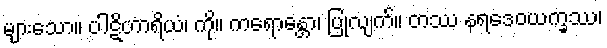
များသော။ ပါဋိဟာရိယံ၊ ကို။ ကရောန္တော၊ ပြုလျက်။ တဿ နရဒေဝယက္ခဿ၊